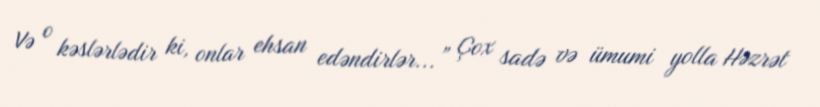
Və o kəslərlədir ki, onlar ehsan edəndirlər...” Çox sadə və ümumi yolla Həzrət